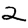
Digit: 2